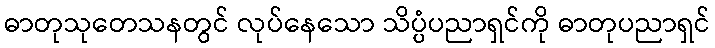
ဓာတုသုတေသနတွင် လုပ်နေသော သိပ္ပံပညာရှင်ကို ဓာတုပညာရှင်